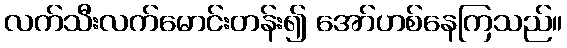
လက်သီးလက်မောင်းတန်း၍ အော်ဟစ်နေကြသည်။